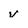
Character: v